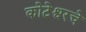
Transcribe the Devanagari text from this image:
कोटेश्वरचे